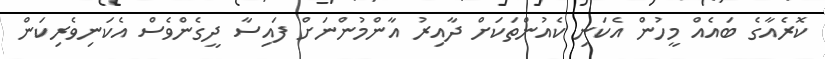
ކޮރެއާގެ ބައެއް މީހުން އެކަނި ކެއުންތަކަށް ދާއިރު އާންމުންނަށް ފައިސާ ދީގެންވެސް އެކަނިވެރިކަން